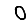
Digit: 0